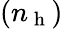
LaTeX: (n_{\mathrm{~h~}})